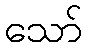
သော်